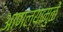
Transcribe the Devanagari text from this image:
आणल्यामुळें